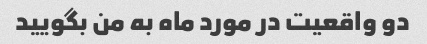
دو واقعیت در مورد ماه به من بگویید